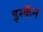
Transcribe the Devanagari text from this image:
इस्कॅन